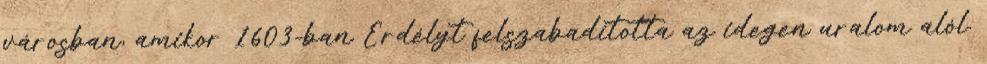
városban, amikor 1603-ban Erdélyt felszabadította az idegen uralom alól.